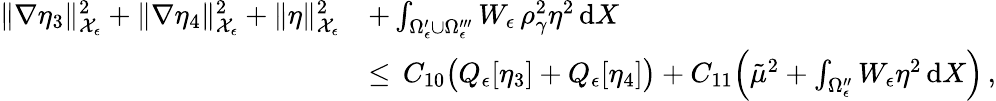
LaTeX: \begin{array}{rl}{\| \nabla\eta_{3}\| _{\mathcal{X}_{\epsilon}}^{2}+\| \nabla\eta_{4}\| _{\mathcal{X}_{\epsilon}}^{2}+\| \eta\| _{\mathcal{X}_{\epsilon}}^{2}}&{+\int_{\Omega_{\epsilon}^{\prime}\cup\Omega_{\epsilon}^{\prime\prime\prime}}W_{\epsilon}\, \rho_{\gamma}^{2}\eta^{2}\, \mathrm{d}X}\\ {\, }&{\le\, C_{10}\bigl(Q_{\epsilon}[\eta_{3}]+Q_{\epsilon}[\eta_{4}]\bigr)+C_{11}\Bigl(\tilde{\mu}^{2}+\int_{\Omega_{\epsilon}^{\prime\prime}}W_{\epsilon}\eta^{2}\, \mathrm{d}X\Bigr)\, ,}\end{array}